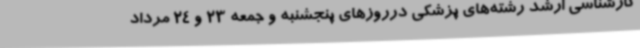
کارشناسی ارشد رشته‌های پزشکی درروزهای پنجشنبه و جمعه 23 و 24 مرداد